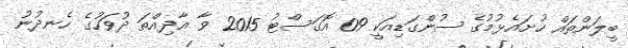
ބީލަންތައް ހުށައެޅުމުގެ ސުންގަޑިއަކީ 09 އޮގަސްޓު 2015 ވާ އާދިއްތަ ދުވަހުގެ ހެނދުނު